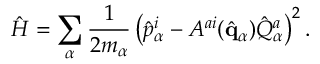
\hat { H } = \sum _ { \alpha } { \frac { 1 } { 2 m _ { \alpha } } } \left( \hat { p } _ { \alpha } ^ { i } - A ^ { a i } ( \hat { \bf q } _ { \alpha } ) \hat { Q } _ { \alpha } ^ { a } \right) ^ { 2 } .